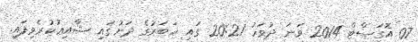
07 އޮގަސްޓް 2014 ވަނަ ދުވަހު 20:21 ގައި ޚަބަރުގެ ދަށުގައި ޝާއިޢުކުރެވިފައި.